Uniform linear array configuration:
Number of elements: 24
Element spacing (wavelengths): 0.25
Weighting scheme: uniform
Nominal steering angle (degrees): -15
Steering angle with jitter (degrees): -16.099
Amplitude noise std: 0.05
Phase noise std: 0.05

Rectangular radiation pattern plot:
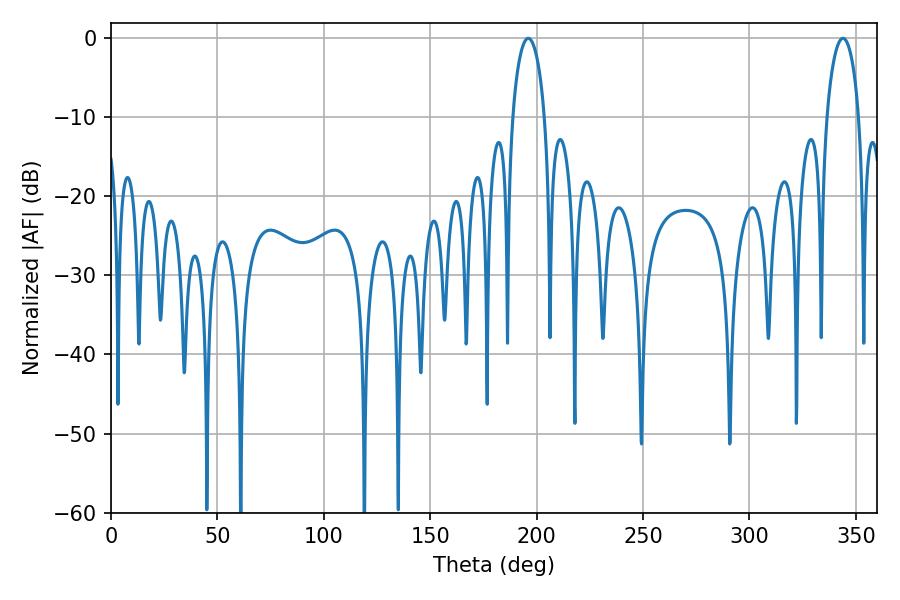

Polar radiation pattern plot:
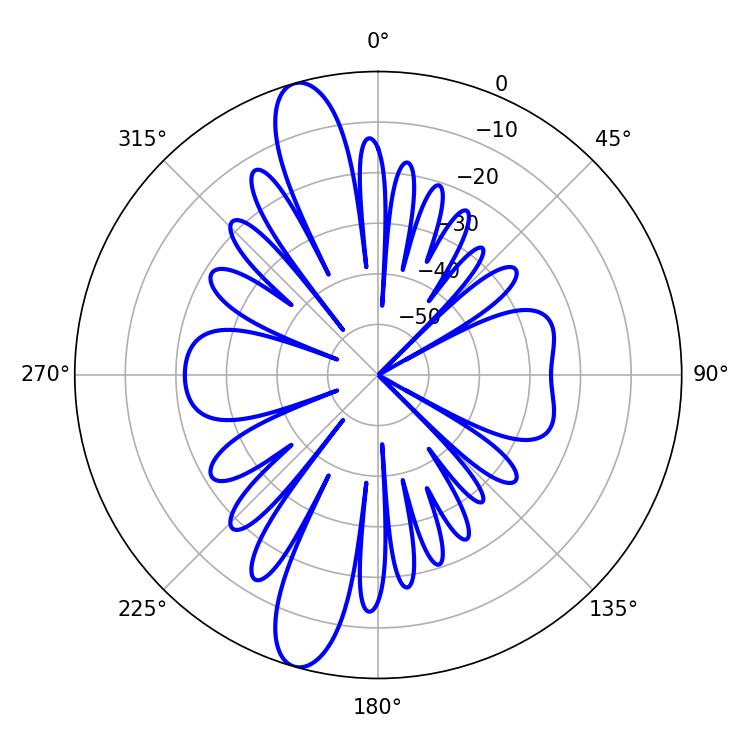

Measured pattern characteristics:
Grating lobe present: FALSE
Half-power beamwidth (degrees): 8.64
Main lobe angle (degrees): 343.98